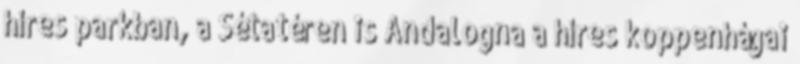
híres parkban, a Sétatéren is Andalogna a híres koppenhágai